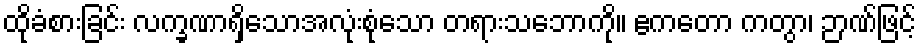
ထိုခံစားခြင်း လက္ခဏာရှိသောအလုံးစုံသော တရားသဘောကို။ ဧကတော ကတွာ၊ ဉာဏ်ဖြင့်